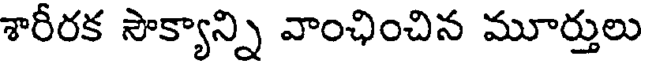
శారీరక సౌక్యాన్ని వాంఛించిన మూర్తులు